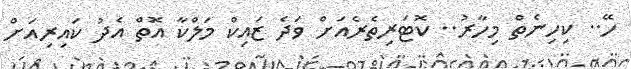
ހޭ.. ކިހިނެތް މިހާރު.. ކޮޓަރިތެރެއަށް ވަދެ ޒައިކް މަލްކާ އޮތް އެދު ކައިރިއަށް